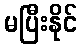
မပြီးနိုင်